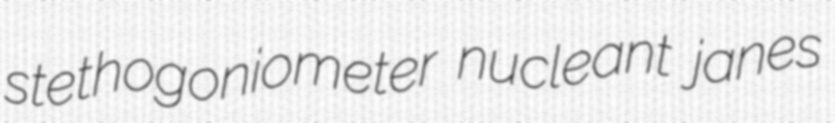
stethogoniometer nucleant janes